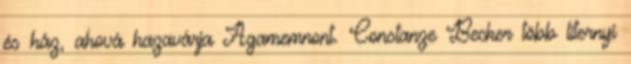
és ház, ahová hazavárja Agamemnont. Constanze Becker több liternyi